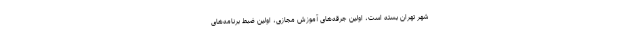
شهر تهران بسته است، اولین جرقه‌های آموزش مجازی، اولین ضبط برنامه‌های